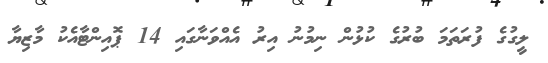
ލީގުގެ ފުރަތަމަ ބުރުގެ ކުޅުން ނިމުނު އިރު އެއްވަނާގައި 14 ޕޮއިންޓާއެކު މާޒިޔާ